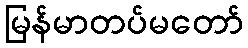
မြန်မာတပ်မတော်